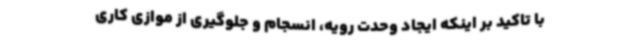
با تاکید بر اینکه ایجاد وحدت رویه، انسجام و جلوگیری از موازی کاری